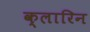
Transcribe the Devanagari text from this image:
क्लारिन